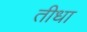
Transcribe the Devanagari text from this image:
तीधा